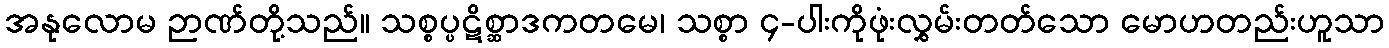
အနုလောမ ဉာဏ်တို့သည်။ သစ္စပ္ပဋိစ္ဆာဒကတမေ၊ သစ္စာ ၄-ပါးကိုဖုံးလွှမ်းတတ်သော မောဟတည်းဟူသာ